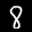
Label: 8